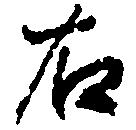
右